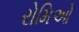
રોમિઓ